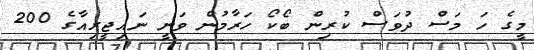
މީގެ ހަ މަސް ދުވަސް ކުރިން ބޯކޯ ހަރާމުން ވަނީ ނައިޖީރިއާގެ 200